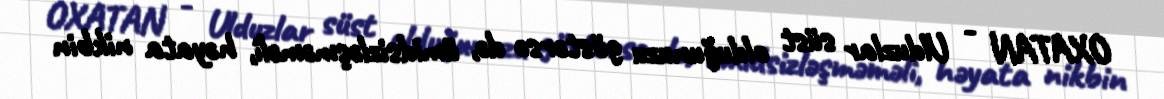
OXATAN - Ulduzlar süst olduğunuzu göstərsə də, ümidsizləşməməli, həyata nikbin